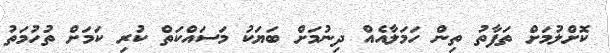
ކޮށްލުމަށް ތަފާތު ތިން ހަމަލާއެއް ދިނުމަށް ބަޔަކު މަސައްކަތް ކުރި ކަމަށް ތުހުމަތު